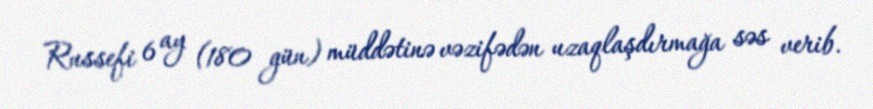
Russefi 6 ay (180 gün) müddətinə vəzifədən uzaqlaşdırmağa səs verib.